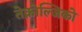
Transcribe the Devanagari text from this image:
तेक्नोल्जिको